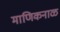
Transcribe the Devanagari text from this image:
माणिकनाळ